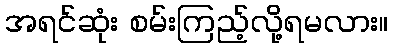
အရင်ဆုံး စမ်းကြည့်လို့ရမလား။